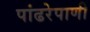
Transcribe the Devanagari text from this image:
पांढरेपाणी